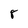
Character: 8